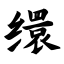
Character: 缳